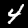
Digit: 4